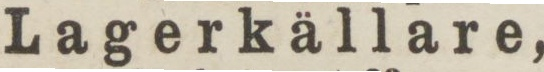
Lagerkällare,